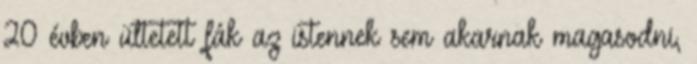
20 évben ültetett fák az istennek sem akarnak magasodni,